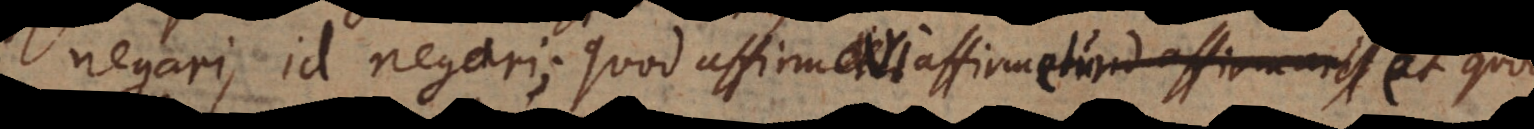
negari, id negari; quod negetur negari affirmari affirmetur et quod